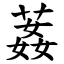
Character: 葌